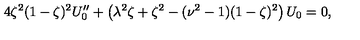
4 \zeta ^ { 2 } ( 1 - \zeta ) ^ { 2 } U _ { 0 } ^ { \prime \prime } + \left( \lambda ^ { 2 } \zeta + \zeta ^ { 2 } - ( \nu ^ { 2 } - 1 ) ( 1 - \zeta ) ^ { 2 } \right) U _ { 0 } = 0 ,